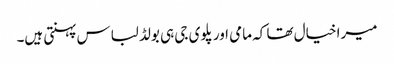
میرا خیال تھا کہ مامی اور پلوی جی ہی بولڈ لباس پہنتی ہیں۔